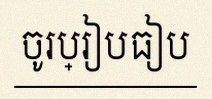
ចូរប្រៀបធៀប